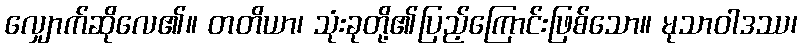
လျှောက်ဆိုလေ၏။ တတိယာ၊ သုံးခုတို့၏ပြည့်ကြောင်းဖြစ်သော။ မုသာဝါဒဿ၊